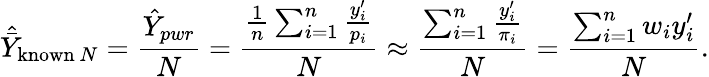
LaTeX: {\hat{\bar{Y}}}_{{\mathrm{known~}}N}={\frac{{\hat{Y}}_{pwr}}{N}}={\frac{{\frac{1}{n}}\sum_{i=1}^{n}{\frac{y_{i}^{\prime}}{p_{i}}}}{N}}\approx{\frac{\sum_{i=1}^{n}{\frac{y_{i}^{\prime}}{\pi_{i}}}}{N}}={\frac{\sum_{i=1}^{n}w_{i}y_{i}^{\prime}}{N}}.